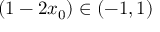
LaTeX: ( 1 - 2 x _ { 0 } ) \in ( - 1 , 1 )